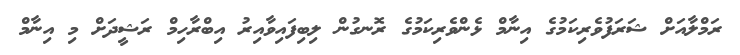
ރަމްލާއަށް ޝަރަފުވެރިކަމުގެ އިނާމް ޅެންވެރިކަމުގެ ރޮނގުން ލިބިފައިވާއިރު އިބްރާހިމް ރަޝީދަށް މި އިނާމް